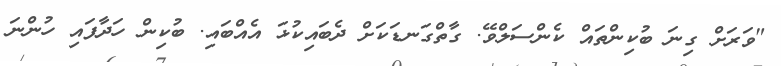
"ވަރަށް ގިނަ ބުކިންތައް ކެންސަލްވޭ. ގާތްގަނޑަކަށް ދެބައިކުޅަ އެއްބައި. ބުކިން ހަދާފައި ހުންނަ